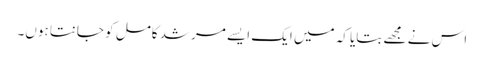
اس نے مجھے بتایا کہ میں ایک ایسے مرشد کامل کو جانتا ہوں۔